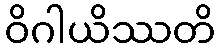
ဝိဂါယိဿတိ